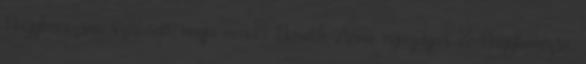
Nagykanizsán született, anyja neve: Németh Anna, nyugdíjas – Nagykanizsa,